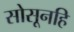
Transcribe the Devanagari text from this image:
सोसूनहि